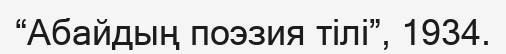
“Абайдың поэзия тілі”, 1934.